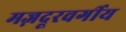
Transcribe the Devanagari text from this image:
मज़दूरवर्गीय